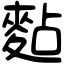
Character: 䴴